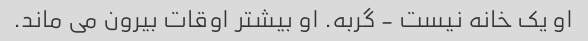
او یک خانه نیست - گربه. او بیشتر اوقات بیرون می ماند.